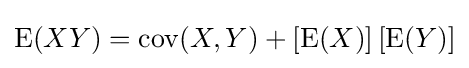
\operatorname {E} (XY)=\operatorname {cov} (X,Y)+\left[\operatorname {E} (X)\right]\left[\operatorname {E} (Y)\right]